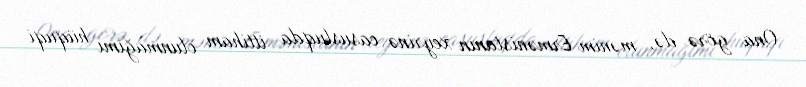
Ona görə də, mənim Ermənistanın xeyrinə casusluqda ittiham olunmağımı hüquqi